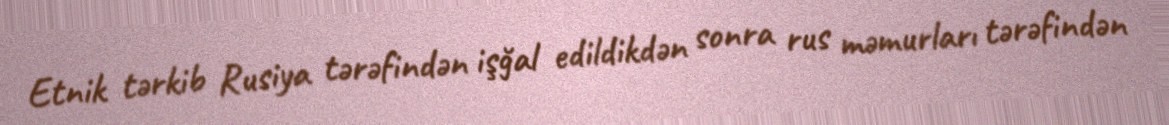
Etnik tərkib Rusiya tərəfindən işğal edildikdən sonra rus məmurları tərəfindən